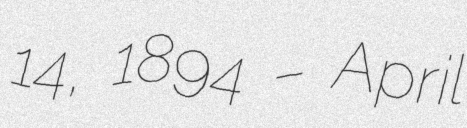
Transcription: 14, 1894 – April